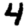
Digit: 4